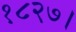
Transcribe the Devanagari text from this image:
१८२७।